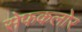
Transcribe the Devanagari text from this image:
सेफकलोर